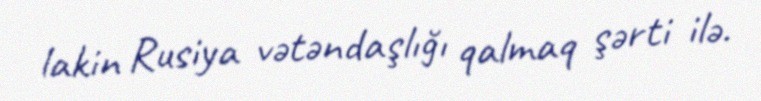
lakin Rusiya vətəndaşlığı qalmaq şərti ilə.